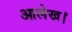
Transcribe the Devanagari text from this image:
आलेख।